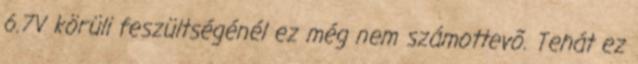
6.7V körüli feszültségénél ez még nem számottevõ. Tehát ez